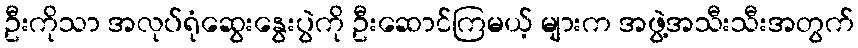
ဦးကိုသာ အလုပ်ရုံဆွေးနွေးပွဲကို ဦးဆောင်ကြမယ့် များက အဖွဲ့အသီးသီးအတွက်